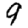
Digit: 9